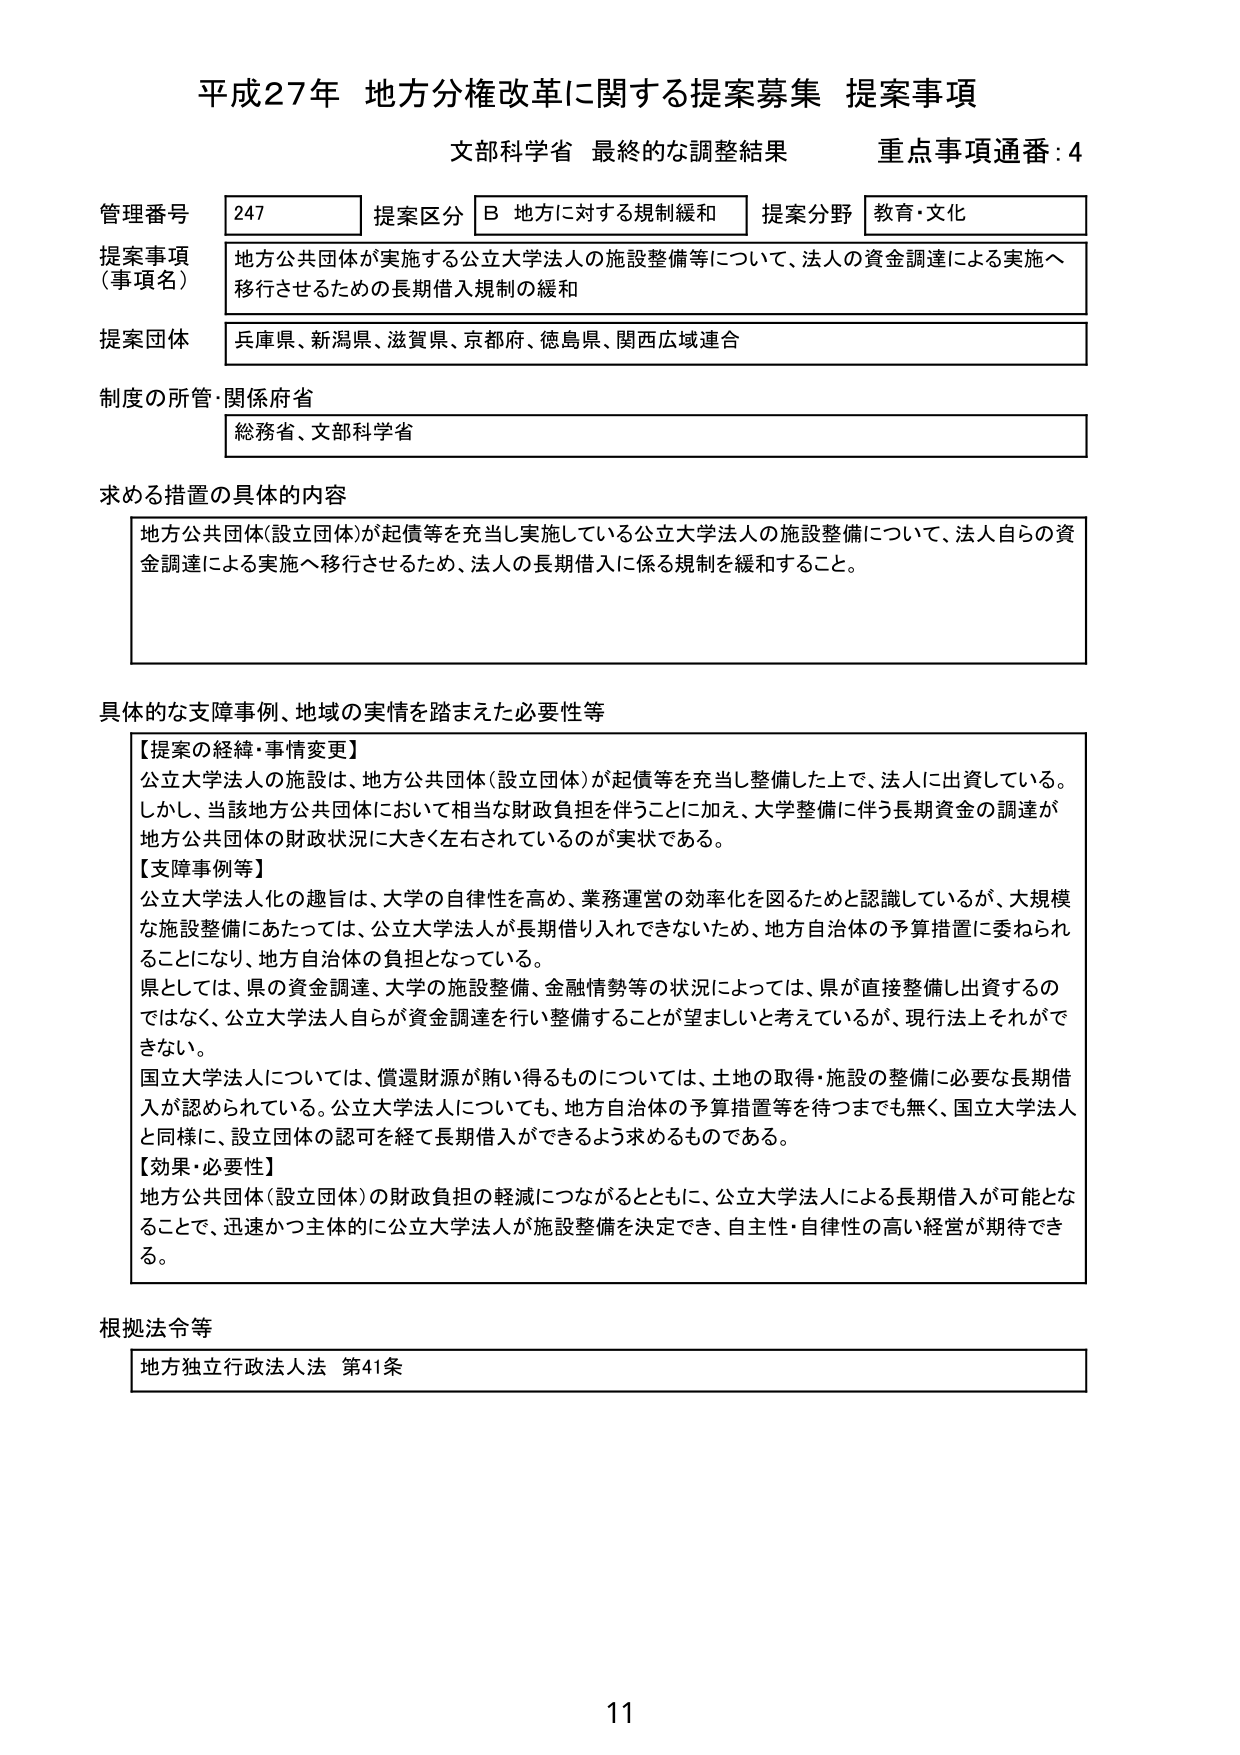
平成27年 地方分権改革に関する提案募集 提案事項
文部科学省 最終的な調整結果 重点事項通番：4

管理番号 247 提案区分 B 地方に対する規制緩和 提案分野 教育・文化
提案事項（事項名） 地方公共団体が実施する公立大学法人の施設整備等について、法人の資金調達による実施へ移行させるための長期借入規制の緩和
提案団体 兵庫県、新潟県、滋賀県、京都府、徳島県、関西広域連合
制度の所管・関係府省 総務省、文部科学省

求める措置の具体的内容
地方公共団体（設立団体）が起債等を充当し実施している公立大学法人の施設整備について、法人自らの資金調達による実施へ移行させるため、法人の長期借入に係る規制を緩和すること。

具体的な支障事例、地域の実情を踏まえた必要性等
【提案の経緯・事情変更】
公立大学法人の施設は、地方公共団体（設立団体）が起債等を充当し整備した上で、法人に出資している。しかし、当該地方公共団体において相当な財政負担を伴うことにな加え、大学整備に伴う長期資金の調達が地方公共団体の財政状況に大きく左右されているのが実状である。
【支障事例等】
公立大学法人化の趣旨は、大学の自律性を高め、業務運営の効率化を図るためと認識しているが、大規模な施設整備にあたっては、公立大学法人が長期借り入れできないため、地方自治体の予算措置に委ねられることになり、地方自治体の負担となっている。
県としては、県の資金調達、大学の施設整備、金融情勢等の状況によっては、県が直接整備し出資するのではなく、公立大学法人自らが資金調達を行い整備することが望ましいと考えているが、現行法上それができない。
国立大学法人については、償還財源が賄い得るものについては、土地の取得・施設の整備に必要な長期借入が認められている。公立大学法人についても、地方自治体の予算措置等を待つまでも無く、国立大学法人と同様に、設立団体の認可を経て長期借入ができるよう求めるものである。
【効果・必要性】
地方公共団体（設立団体）の財政負担の軽減につながるとともに、公立大学法人による長期借入が可能となることで、迅速かつ主体的に公立大学法人が施設整備を決定でき、自主性・自律性の高い経営が期待できる。

根拠法令等
地方独立行政法人法 第41条

11